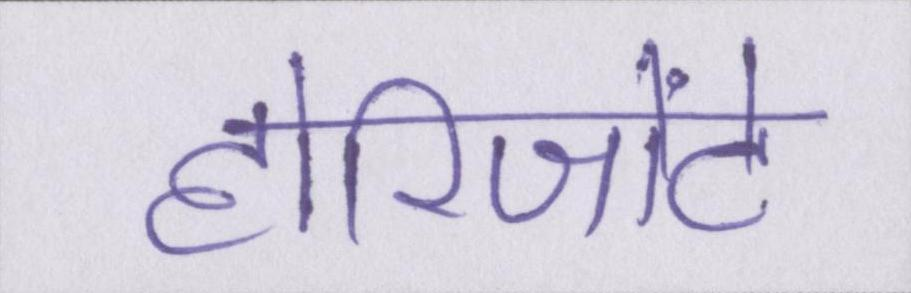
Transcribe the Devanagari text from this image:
होरिजोंटे